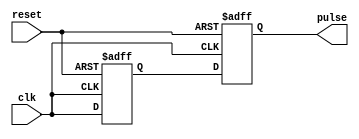
module PulseGenerator (
    input wire clk,  // Clock signal
    input wire reset, // Reset signal
    output reg pulse // Output pulse signal
);

reg ff; // Flip-flop or D-latch

always @(posedge clk or negedge reset) begin
    if (!reset) begin
        ff <= 1'b0; // Reset the flip-flop
    end else begin
        ff <= clk; // Capture the falling edge of the clock signal
    end
end

always @(posedge clk or negedge reset) begin
    if (!reset) begin
        pulse <= 1'b0; // Reset the pulse signal
    end else begin
        pulse <= ff; // Output the captured falling edge as the pulse signal
    end
end

endmodule